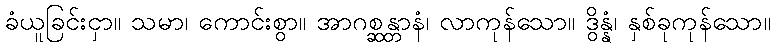
ခံယူခြင်းငှာ။ သမာ၊ ကောင်းစွာ။ အာဂစ္ဆန္တာနံ၊ လာကုန်သော။ ဒွိန္နံ၊ နှစ်ခုကုန်သော။